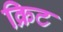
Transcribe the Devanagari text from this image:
क्रिट